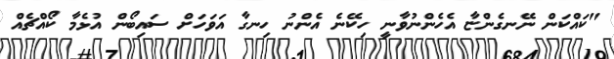
"ކައްކަން ނޭނގެންޏާ އެހެންނުވާނީ ހިކޭނެ އެންނު ހިނގާ އަވަހަށް ސައިބޯން އުޅެމާ ކޯއްޗެއް